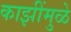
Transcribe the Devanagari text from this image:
काझींमुळे